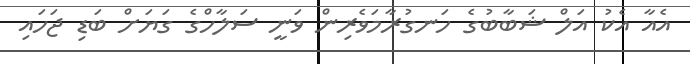
އެއާ އެކު އަލް ޝަބާބުގެ ހަނގުރާމަވެރިން ވަނީ ސަލާހްގެ ގަޔަށް ބަޑި ޖަހައި